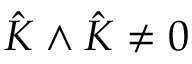
\hat { K } \wedge \hat { K } \neq 0